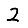
Digit: 2